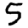
Digit: 5